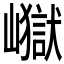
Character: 𭗢